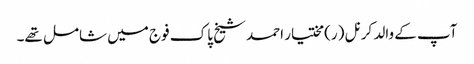
آپ کے والد کرنل (ر) مختیار احمد شیخ پاک فوج میں شامل تھے۔